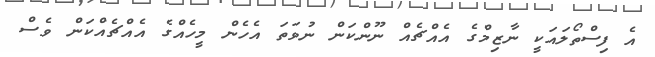
އެ ފިސްތޯލައަކީ ނާޒިމްގެ އެއްޗެއް ނޫންކަން ނުވަތަ އެހެން މީހެއްގެ އެއްޗެއްކަން ވެސް